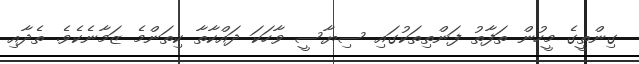
ގިންތީގެ މީހުން ތަފާތު ފަންތިތަކުގައި ސިޔާސީ ވާހަކަ ދައްކާތާ ކިތަންމެ ޒަމާނެކެވެ. ތެދާއި